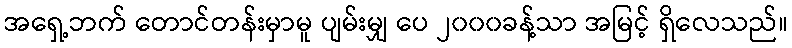
အရှေ့ဘက် တောင်တန်းမှာမူ ပျမ်းမျှ ပေ ၂၀၀၀ခန့်သာ အမြင့် ရှိလေသည်။